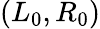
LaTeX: (L_{0},R_{0})